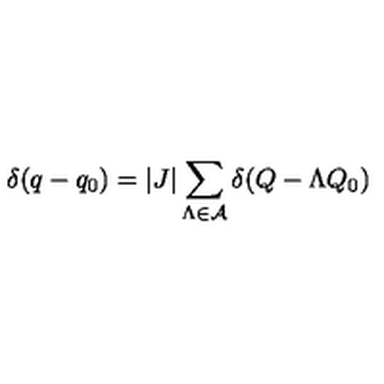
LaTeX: \delta ( q - q _ { 0 } ) = \vert J \vert \sum _ { \Lambda \in { \cal A } } \delta ( Q - \Lambda Q _ { 0 } )